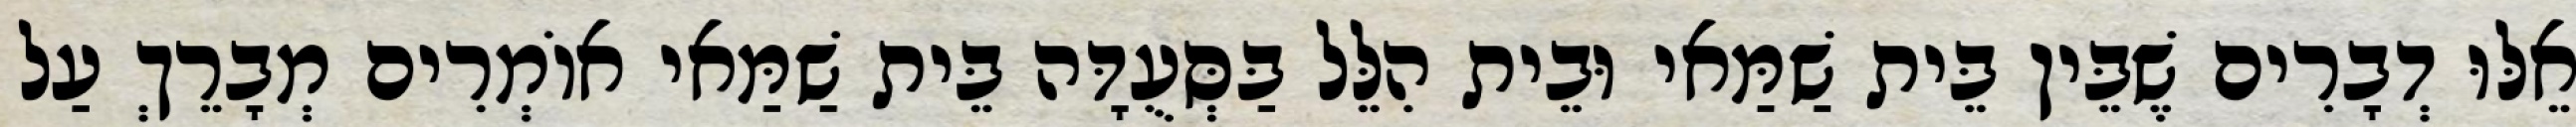
אֵלּוּ דְבָרִים שֶׁבֵּין בֵּית שַׁמַּאי וּבֵית הִלֵּל בַּסְּעֻדָּה בֵּית שַׁמַּאי אוֹמְרִים מְבָרֵךְ עַל